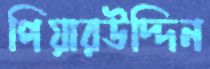
পিয়ারউদ্দিন